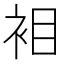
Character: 𮕲